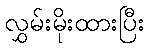
လွှမ်းမိုးထားပြီး